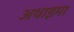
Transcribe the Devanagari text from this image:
अथाइमा